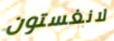
لانغستون